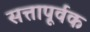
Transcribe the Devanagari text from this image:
सत्तापूर्वक